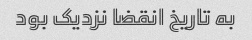
به تاریخ انقضا نزدیک بود